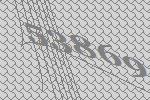
53869